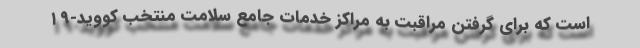
است که برای گرفتن مراقبت به مراکز خدمات جامع سلامت منتخب کووید-۱۹